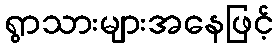
ရွာသားများအနေဖြင့်